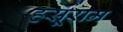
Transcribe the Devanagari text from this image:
हसूराम